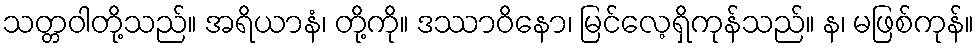
သတ္တဝါတို့သည်။ အရိယာနံ၊ တို့ကို။ ဒဿာဝိနော၊ မြင်လေ့ရှိကုန်သည်။ န၊ မဖြစ်ကုန်။